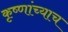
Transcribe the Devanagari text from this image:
कृष्णांच्याच